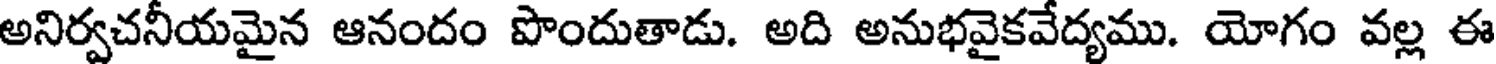
అనిర్వచనీయమైన ఆనందం పొందుతాడు. అది అనుభవైకవేద్యము. యోగం వల్ల ఈ